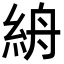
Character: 𥿦